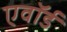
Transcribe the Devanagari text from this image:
एवॉर्ड